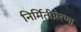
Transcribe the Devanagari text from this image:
निर्मितीप्रेरणा